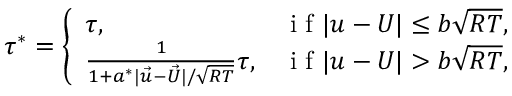
\tau ^ { * } = \left\{ \begin{array} { l l } { \tau , } & { \mathrm { ~ i ~ f ~ } | \boldsymbol { u } - \boldsymbol { U } | \leq b \sqrt { R T } , } \\ { \frac { 1 } { 1 + a ^ { * } | \vec { u } - \vec { U } | / \sqrt { R T } } \tau , } & { \mathrm { ~ i ~ f ~ } | \boldsymbol { u } - \boldsymbol { U } | > b \sqrt { R T } , } \end{array} \right.